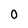
Character: 0